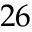
2 6